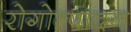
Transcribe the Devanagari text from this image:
रोगोत्पादन